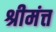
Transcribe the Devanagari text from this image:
श्रीमंत्त